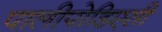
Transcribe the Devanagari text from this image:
पालीपोडिएसी